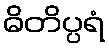
ဓိတိပ္ပရံ